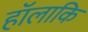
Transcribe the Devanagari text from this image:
हॉलाकि